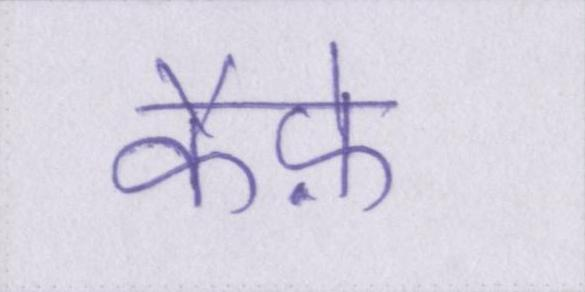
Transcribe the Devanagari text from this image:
कैफ़े